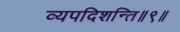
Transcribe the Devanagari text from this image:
व्यपदिशन्ति॥९॥